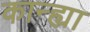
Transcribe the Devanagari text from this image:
कान्ह्या